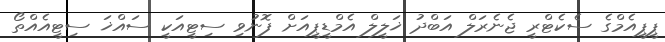
ޕީޕީއެމްގެ ސެކެޓްރީ ޖެނެރަލް އަބްދު ޚަލީލް އެމްޑީޕީއަށް ފޮނުވި ސިޓީއަކީ ސައްޚަ ސިޓީއެއްތޯ